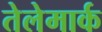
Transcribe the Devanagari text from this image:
तेलेमार्क